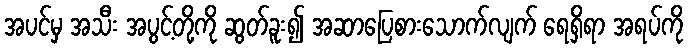
အပင်မှ အသီး အပွင့်တို့ကို ဆွတ်ခူး၍ အဆာပြေစားသောက်လျက် ရေရှိရာ အရပ်ကို